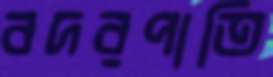
বদরপাতি